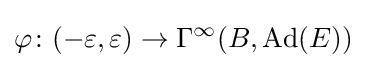
\varphi \colon (-\varepsilon ,\varepsilon )\rightarrow \Gamma ^{\infty }(B,\operatorname {Ad} (E))